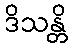
ဒိသန္တိ